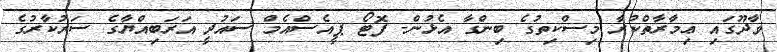
ވާދޫގައި ޢިމާރާތްކުރާ މިސްކިތުގެ ބިންގާ އެޅުން- ފޮޓޯ ޕީއެސްއެމް ސައުދީ އަރަބިއްޔާގެ ސަރުކާރުގެ